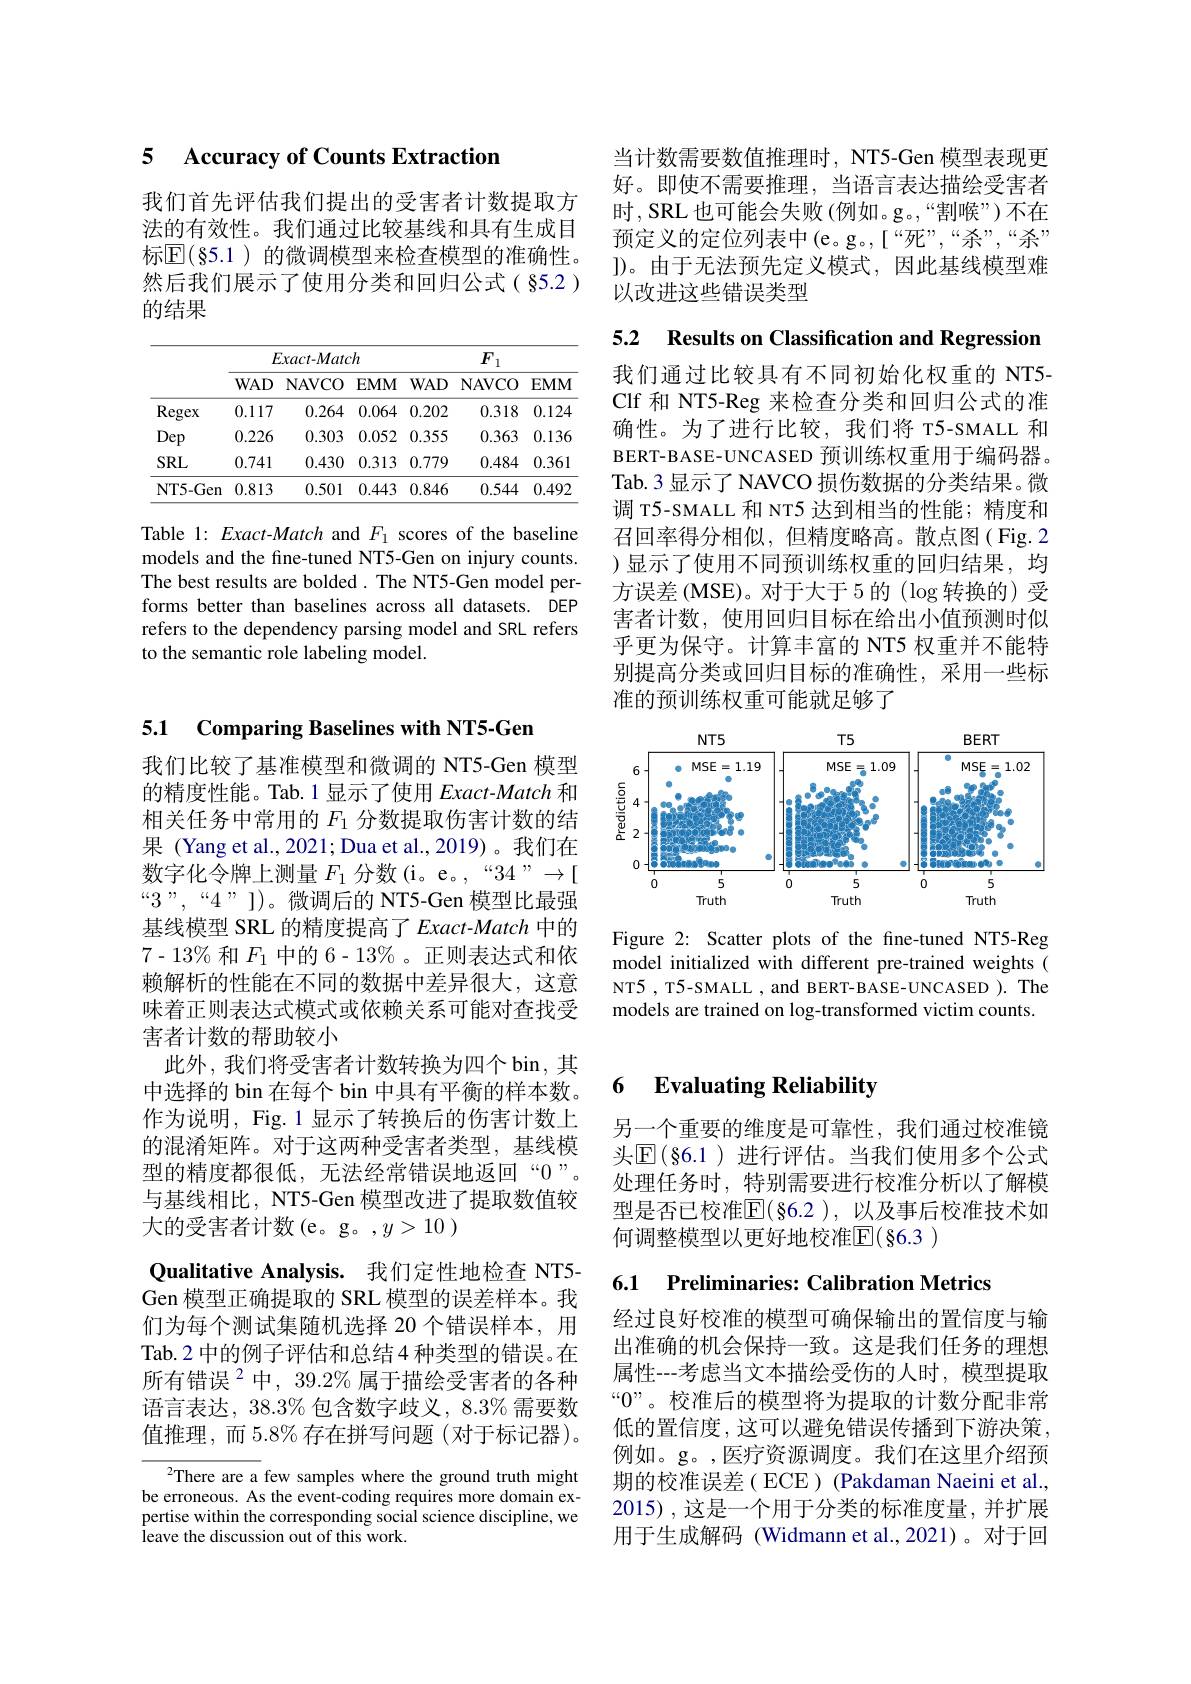
### 5 $\textbf{Accuracv of Counts Extraction}$

我们首先评估我们提出的受害者计数提取方法的有效性。我们通过比较基线和具有生成目标$\mathbb{E}(\S5.1)$ 的微调模型来检查模型的准确性。然后我们展示了使用分类和回归公式(§5.2 ) 的结果

<table>
	<tbody>
		<tr>
			<th> </th>
			<th colspan="3">$Exact-Match$</th>
			<th colspan="3">$F_1$</th>
		</tr>
		<tr>
			<th> </th>
			<th>$WAD$</th>
			<th>NAVCO</th>
			<th>EMM</th>
			<th>$WAD$</th>
			<th>NAVCO</th>
			<th>$EMM$</th>
		</tr>
		<tr>
			<td>Regex</td>
			<td>0.117</td>
			<td>0.264</td>
			<td>0.064</td>
			<td>0.202</td>
			<td>0.318</td>
			<td>0.124</td>
		</tr>
		<tr>
			<td>Dep</td>
			<td>0.226</td>
			<td>0.303</td>
			<td>0.052</td>
			<td>0.355</td>
			<td>0.363</td>
			<td>0.136</td>
		</tr>
		<tr>
			<td>$SRL$</td>
			<td>0.741</td>
			<td>0.430</td>
			<td>0.313</td>
			<td>0.779</td>
			<td>0.484</td>
			<td>0.361</td>
		</tr>
		<tr>
			<td>NT5-Gen</td>
			<td>0.813</td>
			<td>0.501</td>
			<td>0.443</td>
			<td>0.846</td>
			<td>0.544</td>
			<td>0.492</td>
		</tr>
	</tbody>
</table>

Table 1: Exact-Match and $F_{1}$ scores of the baseline models and the fine-tuned NT5-Gen on injury counts. The best results are bolded. The NT5-Gen model performs better than baselines across all datasets. DEP refers to the dependency parsing model and SRL refers to the semantic role labeling model.

当计数需要数值推理时，NT5-Gen 模型表现更好。即使不需要推理，当语言表达描绘受害者时，SRL 也可能会失败 (例如。g。,“割喉”)不在预定义的定位列表中(e。g。,[“死”,“杀”,“杀” ])。由于无法预先定义模式，因此基线模型难以改进这些错误类型

5.2 Results on Classification and Regression

我们通过比较具有不同初始化权重的 NT5- Clf 和 NT5-Reg 来检查分类和回归公式的准确性。为了进行比较，我们将 T5-SMALL 和BERT-BASE-UNCASED 预训练权重用于编码器。Tab.3 显示了 NAVCO 损伤数据的分类结果。微调 T5-SMALL 和 NT5 达到相当的性能；精度和召回率得分相似，但精度略高。散点图( Fig.2 )显示了使用不同预训练权重的回归结果，均方误差(MSE)。对于大于 5 的 ($\log$转换的) 受害者计数，使用回归目标在给出小值预测时似乎更为保守。计算丰富的 NT5 权重并不能特别提高分类或回归目标的准确性，采用一些标准的预训练权重可能就足够了

<FigureHere>

Figure 2: Scatter plots of the fne-tuned NT5-Reg model initialized with different pre-trained weights ( NT5 , T5-SMALL , and BERT-BASE-UNCASED ). The models are trained on log-transformed victim counts.

5.1 Comparing Baselines with NT5-Gen

我们比较了基准模型和微调的 NT5-Gen 模型的精度性能。Tab.1 显示了使用$Exact-Match$和相关任务中常用的$F_{1}$分数提取伤害计数的结果 (Yang et al., 2021; Dua et al., 2019)。我们在数字化令牌上测量$F_1$分数(i。e。,“34”→[ $“3”,“4”])。微调后的NT5-Gen模型比最强$ 基线模型 SRL 的精度提高了 Exact-Match 中的$7-13\%$和$F_1$中的 6-13% 。正则表达式和依赖解析的性能在不同的数据中差异很大，这意味着正则表达式模式或依赖关系可能对查找受害者计数的帮助较小
此外，我们将受害者计数转换为四个 bin, 其中选择的 bin 在每个 bin 中具有平衡的样本数。作为说明，Fig. 1 显示了转换后的伤害计数上的混淆矩阵。对于这两种受害者类型，基线模型的精度都很低，无法经常错误地返回“0”。与基线相比，NT5-Gen 模型改进了提取数值较大的受害者计数(e。g。,$y>10)$
Qualitative Analysis. 我们定性地检查 NT5- Gen 模型正确提取的 SRL 模型的误差样本。我们为每个测试集随机选择 20 个错误样本，用Tab.2 中的例子评估和总结 4 种类型的错误。在所有错误$^2$中，39.2%属于描绘受害者的各种语言表达，$38.3\%$包含数字歧义，8.3% 需要数值推理，而 5.8% 存在拼写问题 (对于标记器)。
$^{2}$There are a few samples where the ground truth might

be erroneous. As the event-coding requires more domain expertise within the corresponding social science discipline, we ${\mathrm{leave~the~discussion~out~of~this~work.}}$

### 6 $\textbf{Evaluating Reliabilitw}$

另一个重要的维度是可靠性，我们通过校准镜头$\mathbb{E}(\S6.1)$ 进行评估。当我们使用多个公式处理任务时，特别需要进行校准分析以了解模型是否已校准$\overline{\mathrm{E}}(\S6.2)$, 以及事后校准技术如何调整模型以更好地校准$\mathbb{E}(\S6.3)$

6.1 Preliminaries: Calibration Metrics

经过良好校准的模型可确保输出的置信度与输出准确的机会保持一致。这是我们任务的理想属性---考虑当文本描绘受伤的人时，模型提取“$0”$。校准后的模型将为提取的计数分配非常低的置信度，这可以避免错误传播到下游决策， 例如。g。,医疗资源调度。我们在这里介绍预期的校准误差( ECE) (Pakdaman Naeini et al., 2015) ,这是一个用于分类的标准度量，并扩展用于生成解码 (Widmann et al.,2021)。对于回